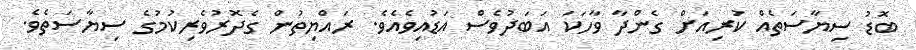
ބޮޑު ސިޔާސަތެއް ކުރިއަށް ގެންދާ ވާހަކަ އަބަދުވެސް އަޑުއިވެއެވެ. ރައްޔިތުން ގެދޮރުވެރިކުމުގެ ސިޔާސަތެވެ.